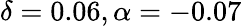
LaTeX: \delta=0.06,\alpha=-0.07